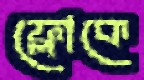
ফ্লোকে